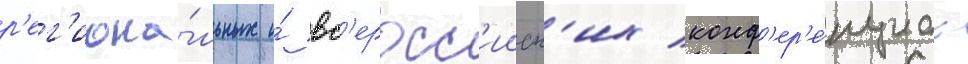
р'ег'иона́льных и́ вс'еросс'ииск'их конф'ер'е́нциах